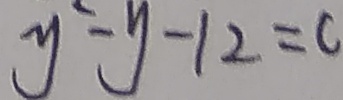
y ^ { - } - y - 1 2 = c